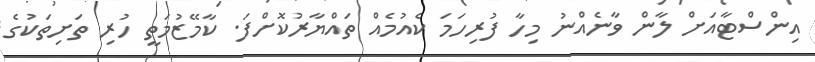
އިންސްޓާއަށް ލާން ވާނެއްނު މިހާ ފުރިހަމަ ކެއުމެއް ތައްޔާރުކޮށްފަ. ކާމޭޒުމަތީ ހުރި ތަށިތަކުގެ